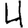
Digit: 4